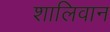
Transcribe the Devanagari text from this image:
शालिवान